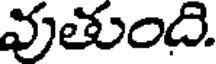
వుతుంది.